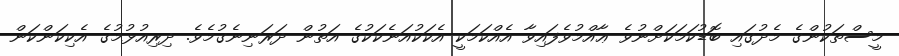
މީސްތަކުންގެ މެދުގައި ބޮޑުކަމަކަށްނުވެ ޢާއްމުވެފައިވާ އެއްކަމަކީ އެކަކުއަނެކަކުގެ އަތުން ދަރަނިނެގުމެވެ. ދިރިއުޅުމުގެ އެކިކަންކަން